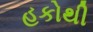
હકોથી